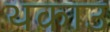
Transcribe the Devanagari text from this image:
थकाउ